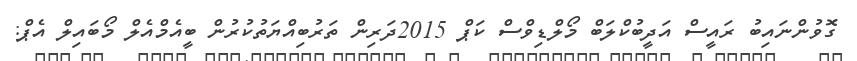
ގޮވުންނައިބު ރައީސް އަދީބުކްލަބް މޯލްޑިވްސް ކަޕް 2015ދަރިން ތަރުބިއްޔަތުކުރުން ބީއެމްއެލް މޯބައިލް އެޕް: